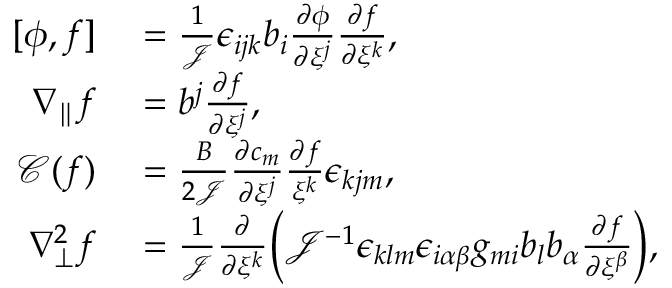
\begin{array} { r l } { [ \phi , f ] } & { { } = \frac { 1 } { \mathcal { J } } \epsilon _ { i j k } b _ { i } \frac { \partial \phi } { \partial \xi ^ { j } } \frac { \partial f } { \partial \xi ^ { k } } , } \\ { \nabla _ { \parallel } f } & { { } = b ^ { j } \frac { \partial f } { \partial \xi ^ { j } } , } \\ { \mathcal { C } ( f ) } & { { } = \frac { B } { 2 \mathcal { J } } \frac { \partial c _ { m } } { \partial \xi ^ { j } } \frac { \partial f } { \xi ^ { k } } \epsilon _ { k j m } , } \\ { \nabla _ { \perp } ^ { 2 } f } & { { } = \frac { 1 } { \mathcal { J } } \frac { \partial } { \partial \xi ^ { k } } \bigg ( \mathcal { J } ^ { - 1 } \epsilon _ { k l m } \epsilon _ { i \alpha \beta } g _ { m i } b _ { l } b _ { \alpha } \frac { \partial f } { \partial \xi ^ { \beta } } \bigg ) , } \end{array}